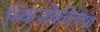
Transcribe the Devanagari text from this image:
स्किज़ोफ़्रीनीया